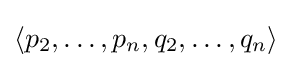
{\textstyle \langle p_{2},\dots ,p_{n},q_{2},\dots ,q_{n}\rangle }